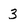
Character: 3